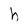
Character: h